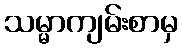
သမ္မာကျမ်းစာမှ